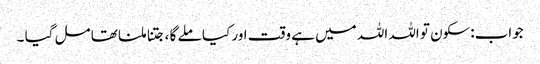
جواب:سکون تو اللہ اللہ میں ہے وقت اور کیا ملے گا ،جتنا ملنا تھا مل گیا ۔